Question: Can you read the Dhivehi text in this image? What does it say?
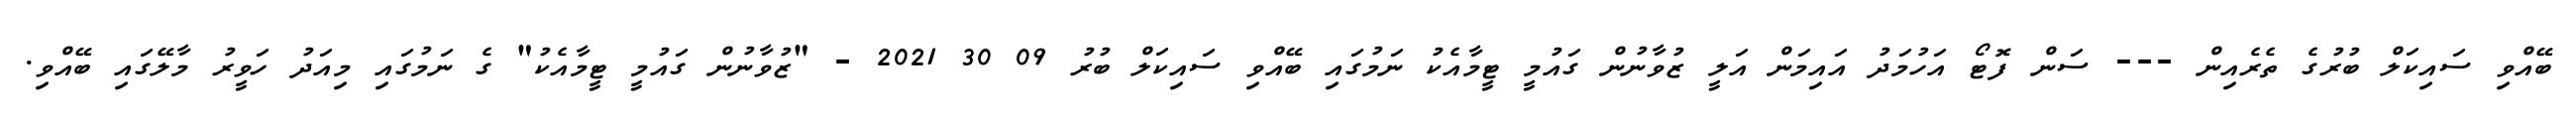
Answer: ބޭއްވި ސައިކަލް ބުރުގެ ތެރެއިން --- ސަން ފޮޓޯ އަހުމަދު އައިމަން އަލީ ޒުވާނުން ގައުމީ ޓީމާއެކު ނަމުގައި ބޭއްވި ސައިކަލް ބުރު 09 30 2021 - "ޒުވާނުން ގައުމީ ޓީމާއެކު" ގެ ނަމުގައި މިއަދު ހަވީރު މާލޭގައި ބޭއްވި.